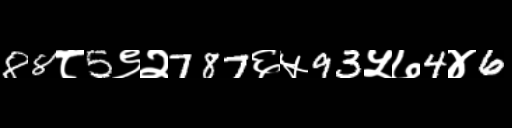
Text: 88८5९२787६५93५७4४6